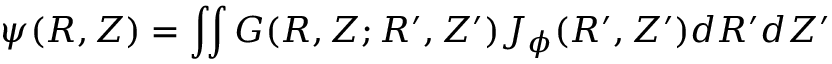
\psi ( R , Z ) = \int \! \! \int G ( R , Z ; R ^ { \prime } , Z ^ { \prime } ) J _ { \phi } ( R ^ { \prime } , Z ^ { \prime } ) d R ^ { \prime } d Z ^ { \prime }